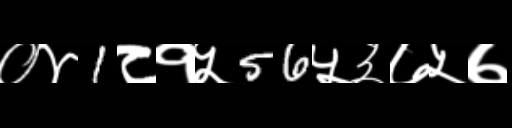
Text: ०४1८१५56५३७५७